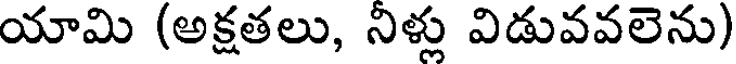
యామి (అక్షతలు, నిళ్లు విడువవలెను)